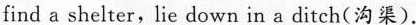
find a shelter, lie down in a ditch(沟渠).